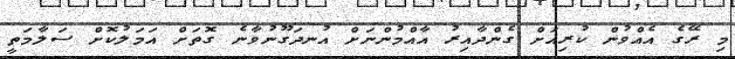
މި ރޭގެ އެއްވުން ކުރިއަށް ގެންދާއިރު އާއްމުންނަށް އުނދަގޫނުވާނެ ގޮތަށް އަމަލުކޮށް ސަލާމަތީ